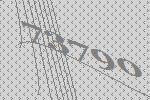
73790